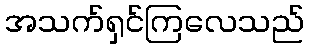
အသက်ရှင်ကြလေသည်